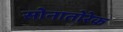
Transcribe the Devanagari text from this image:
सोनातोरेक